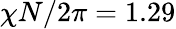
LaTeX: \chi N/2\pi=1.29